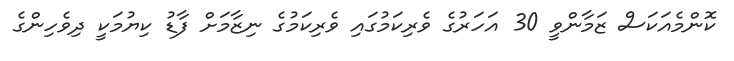
ކޮންމެއަކަސް ޒަމާންވީ 30 އަހަރުގެ ވެރިކަމުގައި ވެރިކަމުގެ ނިޒާމަށް ފާޑު ކިޔުމަކީ ދިވެހިންގެ